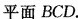
平面BCD。